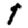
Digit: 1